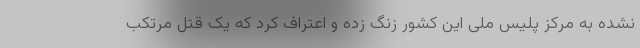
نشده به مرکز پلیس ملی این کشور زنگ زده و اعتراف کرد که یک قتل مرتکب